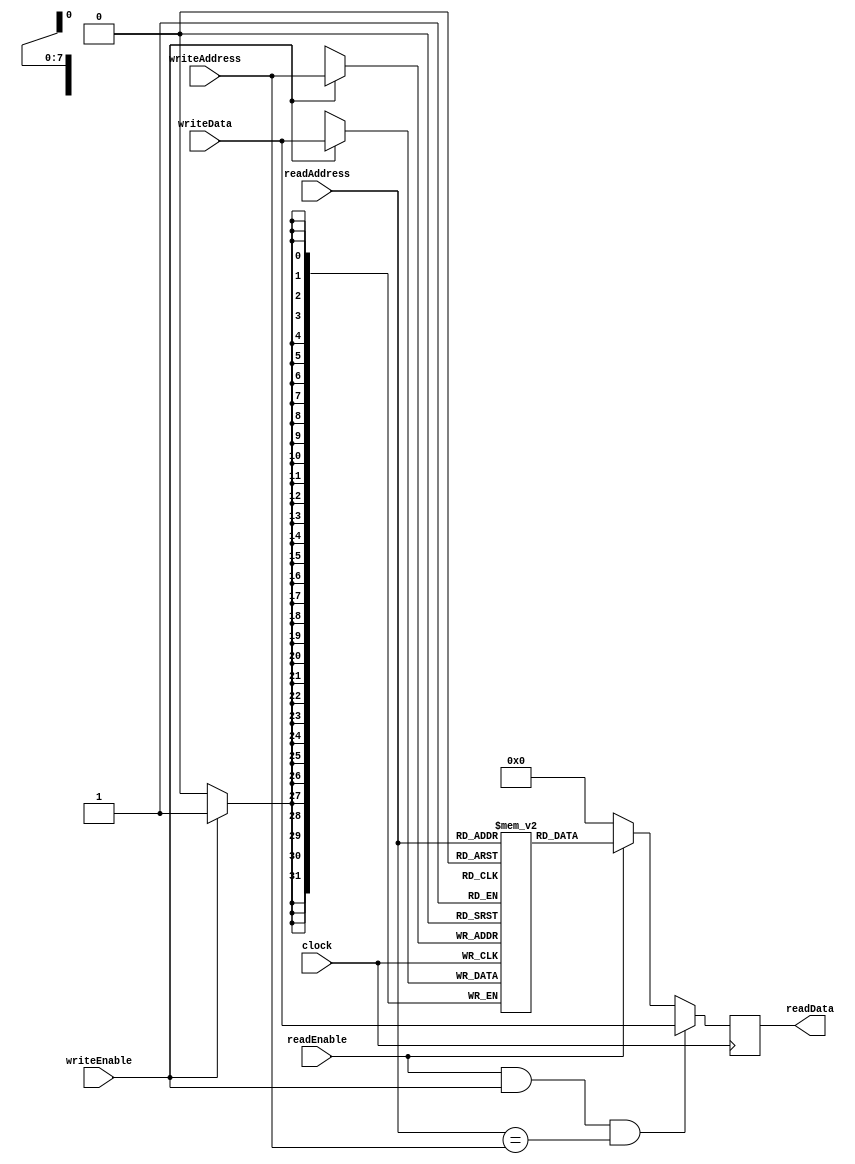
/** @module : BRAM
 *  @author : Adaptive & Secure Computing Systems (ASCS) Laboratory
 
 *  Copyright (c) 2018 BRISC-V (ASCS/ECE/BU)
 *  Permission is hereby granted, free of charge, to any person obtaining a copy
 *  of this software and associated documentation files (the "Software"), to deal
 *  in the Software without restriction, including without limitation the rights
 *  to use, copy, modify, merge, publish, distribute, sublicense, and/or sell
 *  copies of the Software, and to permit persons to whom the Software is
 *  furnished to do so, subject to the following conditions:
 *  The above copyright notice and this permission notice shall be included in
 *  all copies or substantial portions of the Software.

 *  THE SOFTWARE IS PROVIDED "AS IS", WITHOUT WARRANTY OF ANY KIND, EXPRESS OR
 *  IMPLIED, INCLUDING BUT NOT LIMITED TO THE WARRANTIES OF MERCHANTABILITY,
 *  FITNESS FOR A PARTICULAR PURPOSE AND NONINFRINGEMENT. IN NO EVENT SHALL THE
 *  AUTHORS OR COPYRIGHT HOLDERS BE LIABLE FOR ANY CLAIM, DAMAGES OR OTHER
 *  LIABILITY, WHETHER IN AN ACTION OF CONTRACT, TORT OR OTHERWISE, ARISING FROM,
 *  OUT OF OR IN CONNECTION WITH THE SOFTWARE OR THE USE OR OTHER DEALINGS IN
 *  THE SOFTWARE.
 */
 
 (* ram_style = "block" *)
module BRAM #(parameter DATA_WIDTH = 32, ADDR_WIDTH = 8) (
        clock,
        readEnable,
        readAddress,
        readData,
        writeEnable,
        writeAddress,
        writeData
); 

localparam MEM_DEPTH = 1 << ADDR_WIDTH;

input clock; 
input readEnable;
input [ADDR_WIDTH-1:0]   readAddress;
output [DATA_WIDTH-1:0]  readData;
input writeEnable;
input [ADDR_WIDTH-1:0]   writeAddress;
input [DATA_WIDTH-1:0]   writeData;
 
reg [DATA_WIDTH-1:0]     readData;
reg [DATA_WIDTH-1:0]     ram [0:MEM_DEPTH-1];
 
    //--------------Code Starts Here------------------ 
    always@(posedge clock) begin : RAM_READ
            readData <= (readEnable & writeEnable & (readAddress == writeAddress))? 
                        writeData : readEnable? ram[readAddress] : 0;
    end

    always@(posedge clock) begin : RAM_WRITE
        if(writeEnable)
            ram[writeAddress] <= writeData;
    end
    
//*  
always @ (posedge clock) begin 
    if(readEnable | writeEnable) begin 
          $display ("-------------------------------BRAM-------------------------------------------");  
          $display ("Read [%b]\t\t\tWrite [%b]", readEnable, writeEnable);
          $display ("Read Address [%h] \t\t Write Address [%h]", readAddress, writeAddress); 
          $display ("Read Data [%h]", readData);
          $display ("Write Data [%h]",writeData);
          $display ("-----------------------------------------------------------------------------");
    end 
 end  
 //*/
endmodule